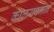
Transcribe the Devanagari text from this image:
कालयवनाने